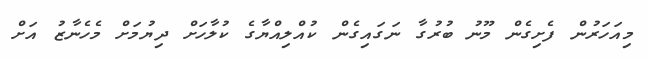
މިއަހަރުން ފެށިގެން މޫނު ބުރުގާ ނަގައިގެން ކުއްލިއްޔާގެ ކުލާހަށް ދިޔުމަށް މެހެނާޒު އަށް